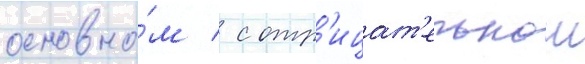
основно́м / с отр'ицат'ельнои